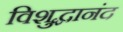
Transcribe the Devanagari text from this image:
विशुद्धानंद